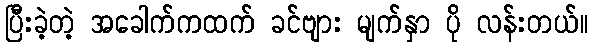
ပြီးခဲ့တဲ့ အခေါက်ကထက် ခင်ဗျား မျက်နှာ ပို လန်းတယ်။